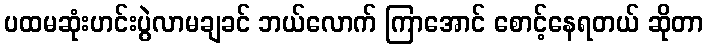
ပထမဆုံးဟင်းပွဲလာမချခင် ဘယ်လောက် ကြာအောင် စောင့်နေရတယ် ဆိုတာ